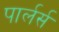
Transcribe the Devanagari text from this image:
पार्लर्स